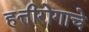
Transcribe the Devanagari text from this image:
हत्तीरोगाचे